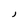
Character: J